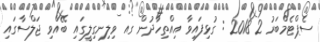
ސެޕްޓެމްބަރު 2 2018 : ގުޅިފައިވާ އިއްތިހާދުން ގއ ވިލިނގިލީގައި ބޭއްވި ޖަލްސާގައި